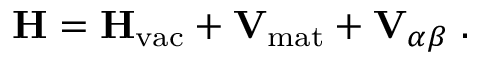
\mathbf { H } = \mathbf { H } _ { \mathrm { v a c } } + \mathbf { V } _ { \mathrm { m a t } } + \mathbf { V } _ { \alpha \beta } \; .